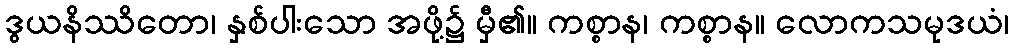
ဒွယနိဿိတော၊ နှစ်ပါးသော အဖို့၌ မှီ၏။ ကစ္စာန၊ ကစ္စာန။ လောကသမုဒယံ၊